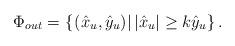
LaTeX: \begin{align*} {\Phi _{out}} = \left\{ {\left. {\left( {{{\hat x}_u},{{\hat y}_u}} \right)} \right|\left| {{{\hat x}_u}} \right| \ge k{{\hat y}_u}} \right\}.\end{align*}